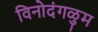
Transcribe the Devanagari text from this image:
विनोदंगळुम